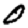
Digit: 0